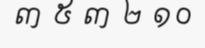
៣ ៥ ៣ ២ ១០